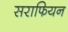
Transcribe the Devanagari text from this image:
सराफियन